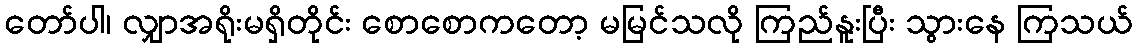
တော်ပါ၊ လျှာအရိုးမရှိတိုင်း စောစောကတော့ မမြင်သလို ကြည်နူးပြီး သွားနေ ကြသယ်